Civil Veterinary Department. Madras. Admin. report 1926-33 - 1926-1933
Year: 1926
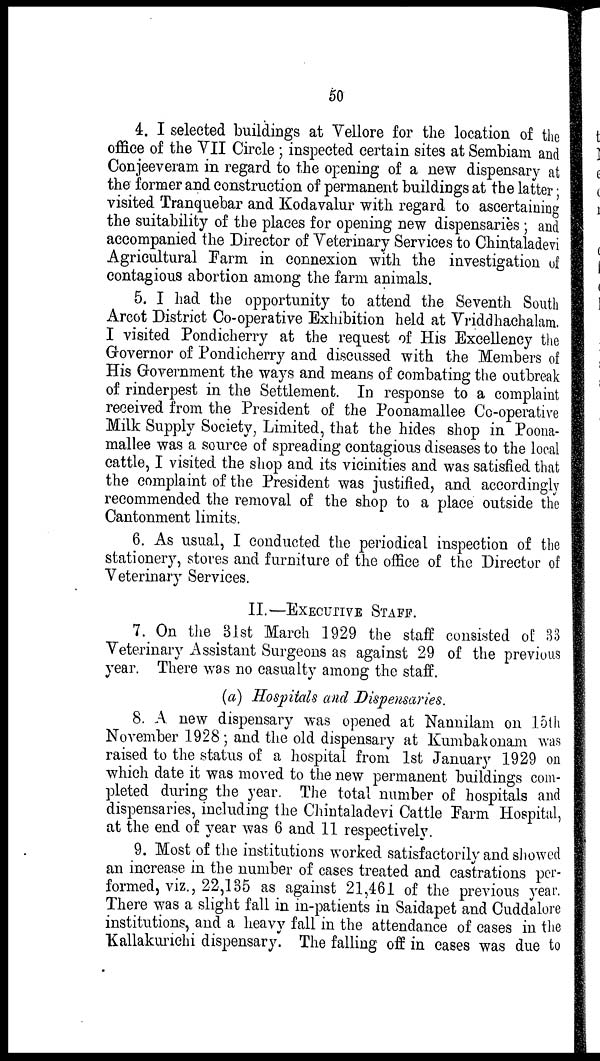
50
4. I selected buildings at Vellore for the location of the
office of the VII Circle; inspected certain sites at Sembiam and
Conjeeveram in regard to the opening of a new dispensary at
the former and construction of permanent buildings at the latter;
visited Tranquebar and Kodavalur with regard to ascertaining
the suitability of the places for opening new dispensaries; and
accompanied the Director of Veterinary Services to Chintaladevi
Agricultural Farm in connexion with the investigation of
contagious abortion among the farm animals.
5. I had the opportunity to attend the Seventh South
Arcot District Co-operative Exhibition held at Vriddhachalam.
I visited Pondicherry at the request of His Excellency the
Governor of Pondicherry and discussed with the Members of
His Government the ways and means of combating the outbreak
of rinderpest in the Settlement. In response to a complaint
received from the President of the Poonamallee Co-operative
Milk Supply Society, Limited, that the hides shop in Poona-
mallee was a source of spreading contagious diseases to the local
cattle, I visited the shop and its vicinities and was satisfied that
the complaint of the President was justified, and accordingly
recommended the removal of the shop to a place outside the
Cantonment limits.
6. As usual, I conducted the periodical inspection of the
stationery, stores and furniture of the office of the Director of
Veterinary Services.
II.— EXECUTIVE STAFF.
7. On the 31st March 1929 the staff consisted of 33
Veterinary Assistant Surgeons as against 29 of the previous
year. There was no casualty among the staff.
(a) Hospitals and Dispensaries.
8. A new dispensary was opened at Nannilam on 15th
November 1928; and the old dispensary at Kumbakonam was
raised to the status of a hospital from 1st January 1929 on
which date it was moved to the new permanent buildings com-
pleted during the year. The total number of hospitals and
dispensaries, including the Chintaladevi Cattle Farm Hospital,
at the end of year was 6 and 11 respectively.
9. Most of the institutions worked satisfactorily and showed
an increase in the number of cases treated and castrations per-
formed, viz., 22,135 as against 21,461 of the previous year.
There was a slight fall in in-patients in Saidapet and Cuddalore
institutions, and a heavy fall in the attendance of cases in the
Kallakurichi dispensary. The falling off in cases was due to